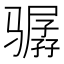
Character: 骣